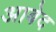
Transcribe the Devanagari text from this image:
अाबेद